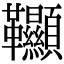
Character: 𩎌